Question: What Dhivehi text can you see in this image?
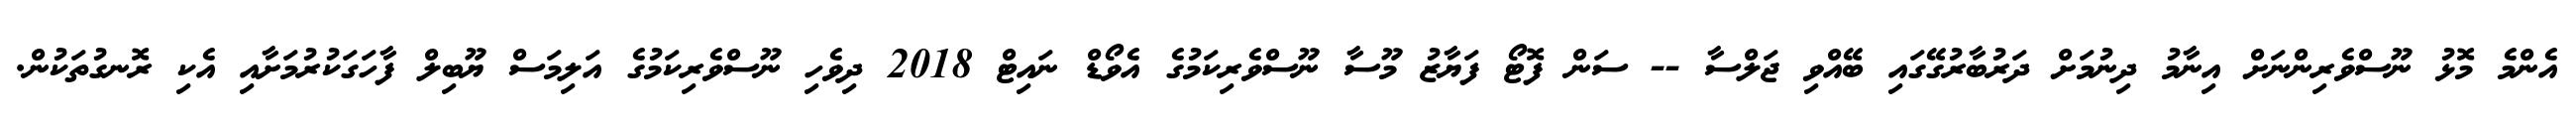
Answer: އެންމެ މޮޅު ނޫސްވެރިންނަށް އިނާމު ދިނުމަށް ދަރުބާރުގޭގައި ބޭއްވި ޖަލްސާ -- ސަން ފޮޓޯ ފަޔާޒު މޫސާ ނޫސްވެރިކަމުގެ އެވޯޑް ނައިޓް 2018 ދިވެހި ނޫސްވެރިކަމުގެ އަލިމަސް ޔޫބިލް ފާހަގަކުރުމަށާއި އެކި ރޮނގުތަކުން.